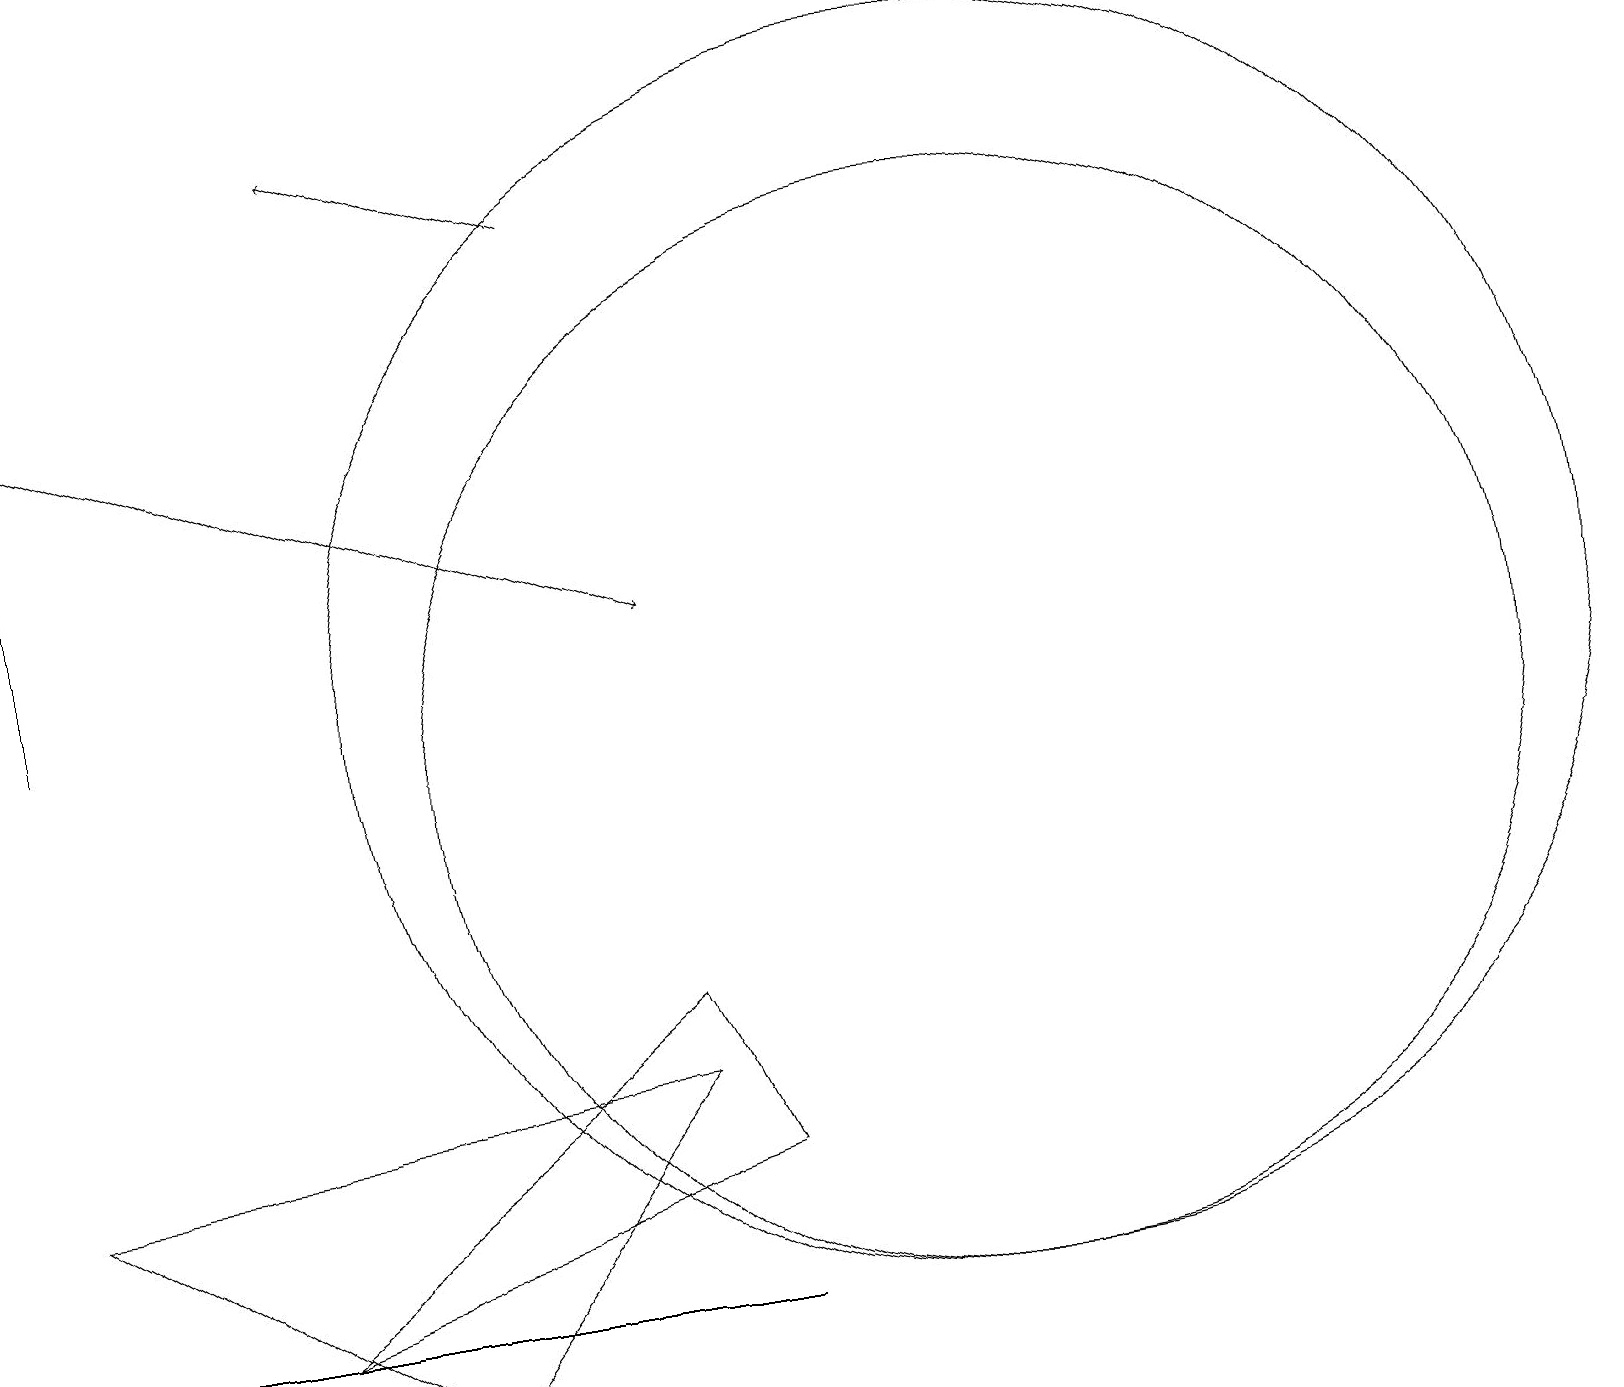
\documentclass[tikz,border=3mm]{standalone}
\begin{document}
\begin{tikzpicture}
\draw (12,11) circle (8);
\draw[->] (0,15) -- (8,12);
\draw (6,3) -- (9,3) -- (0,3) -- cycle;
\draw (3,3) -- (9,5) -- (8,7) -- cycle;
\draw (0,19) rectangle (0,11);
\draw[->] (7,17) -- (4,18);
\draw (12,10) circle (7);
\draw (8,6) -- (5,2) -- (0,5) -- cycle;
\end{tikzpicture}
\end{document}